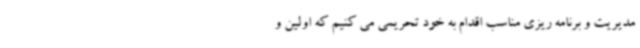
مدیریت و برنامه ریزی مناسب اقدام به خود تحریمی می کنیم که اولین و